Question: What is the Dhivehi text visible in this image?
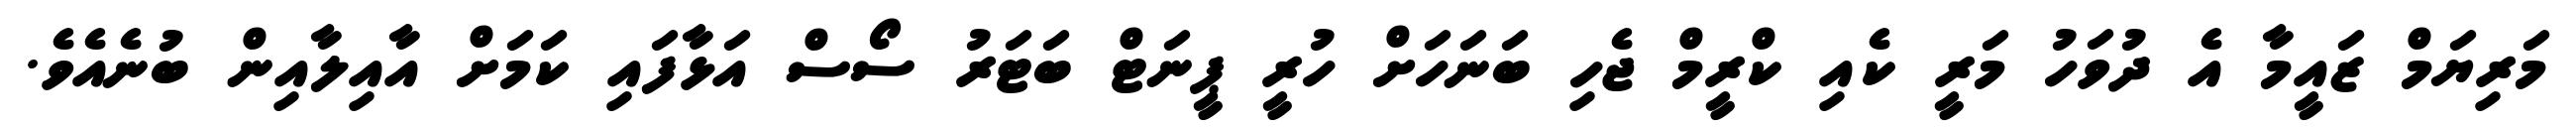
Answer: މަރިޔަމް ޒައީމާ އެ ދުވަހު މަރީ ކެއި ކްރީމް ޖެހި ބަނަހަށް ހުރީ ޕީނަޓް ބަޓަރު ސޯސް އަޅާފައި ކަމަށް އާއިލާއިން ބުނެއެވެ.